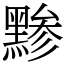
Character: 黪